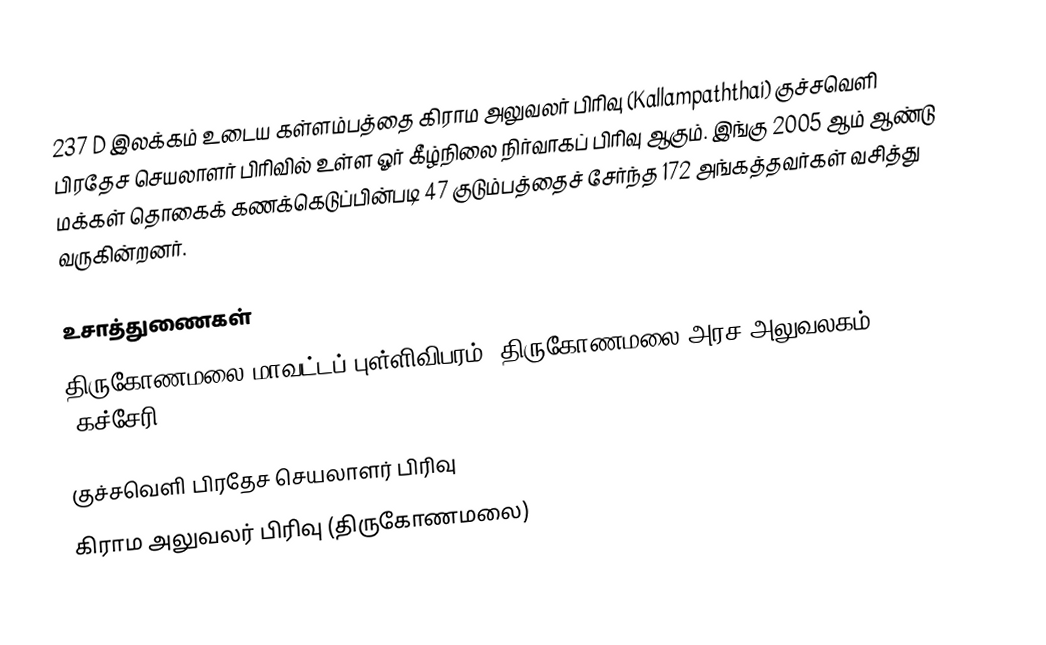
237 D இலக்கம்  உடைய கள்ளம்பத்தை கிராம அலுவலர் பிரிவு (Kallampaththai) குச்சவெளி பிரதேச செயலாளர் பிரிவில் உள்ள ஓர் கீழ்நிலை நிர்வாகப் பிரிவு ஆகும். இங்கு 2005 ஆம் ஆண்டு மக்கள் தொகைக் கணக்கெடுப்பின்படி 47 குடும்பத்தைச் சேர்ந்த 172 அங்கத்தவர்கள் வசித்து வருகின்றனர்.

உசாத்துணைகள்
திருகோணமலை மாவட்டப் புள்ளிவிபரம்,  திருகோணமலை அரச அலுவலகம் (கச்சேரி) 2006.

குச்சவெளி பிரதேச செயலாளர் பிரிவு
கிராம அலுவலர் பிரிவு (திருகோணமலை)